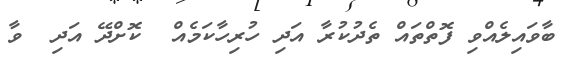
ބާވައިލެއްވި ފޮތްތައް ތެދުކުރާ އަދި ހުރިހާކަމެއް  ކޮށްދޭ އަދި  ވާ